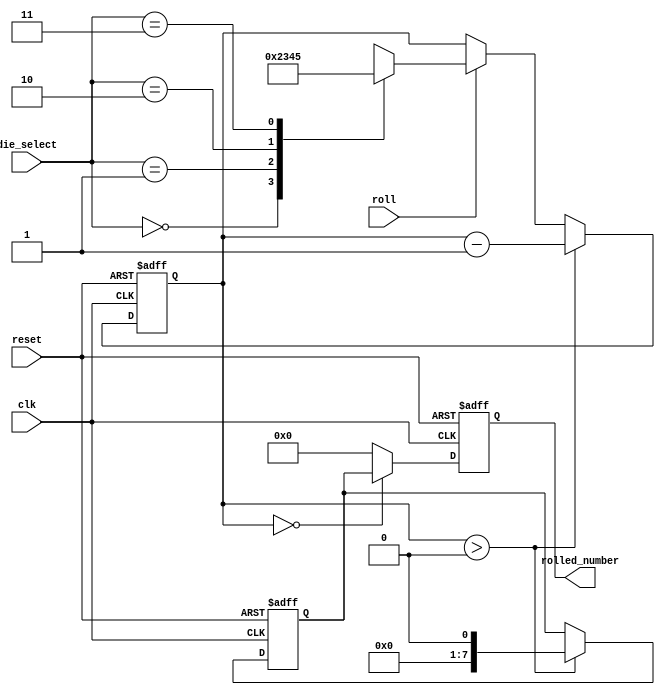
module DiceRoller (
    input wire clk,
    input wire reset,
    input wire [1:0] die_select,
    input wire roll,
    output reg [7:0] rolled_number
);

    // Internal state variables
    reg [7:0] random_number;
    reg [3:0] roll_count;

    // Roll count for each die type
    parameter ROLL_COUNT_4_SIDED = 2;
    parameter ROLL_COUNT_6_SIDED = 3;
    parameter ROLL_COUNT_8_SIDED = 4;
    parameter ROLL_COUNT_20_SIDED = 5;

    always @(posedge clk or negedge reset) begin
        if (!reset) begin
            // Reset state
            random_number <= 8'b0;
            roll_count <= 4'b0;
            rolled_number <= 8'b0;
        end else begin
            // Handle roll input
            if (roll) begin
                case (die_select)
                    2'b00: roll_count <= ROLL_COUNT_4_SIDED;
                    2'b01: roll_count <= ROLL_COUNT_6_SIDED;
                    2'b10: roll_count <= ROLL_COUNT_8_SIDED;
                    2'b11: roll_count <= ROLL_COUNT_20_SIDED;
                    default: roll_count <= 4'b0;
                endcase
            end

            // Generate random number
            if (roll_count > 0) begin
                random_number <= $random;
                roll_count <= roll_count - 1;
            end

            // Assign output
            if (roll_count == 0)
                rolled_number <= random_number;
            else
                rolled_number <= 8'b0;
        end
    end

endmodule